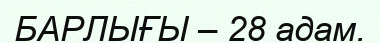
БАРЛЫҒЫ – 28 адам.